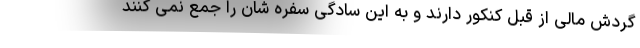
گردش مالی از قِبل کنکور دارند و به این سادگی سفره شان را جمع نمی کنند